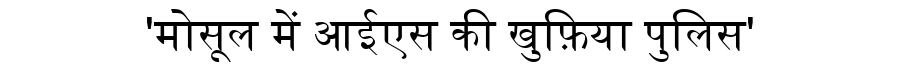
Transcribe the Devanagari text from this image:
'मोसूल में आईएस की खुफ़िया पुलिस'